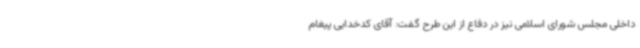
داخلی مجلس شورای اسلامی نیز در دفاع از این طرح گفت: آقای کدخدایی پیغام